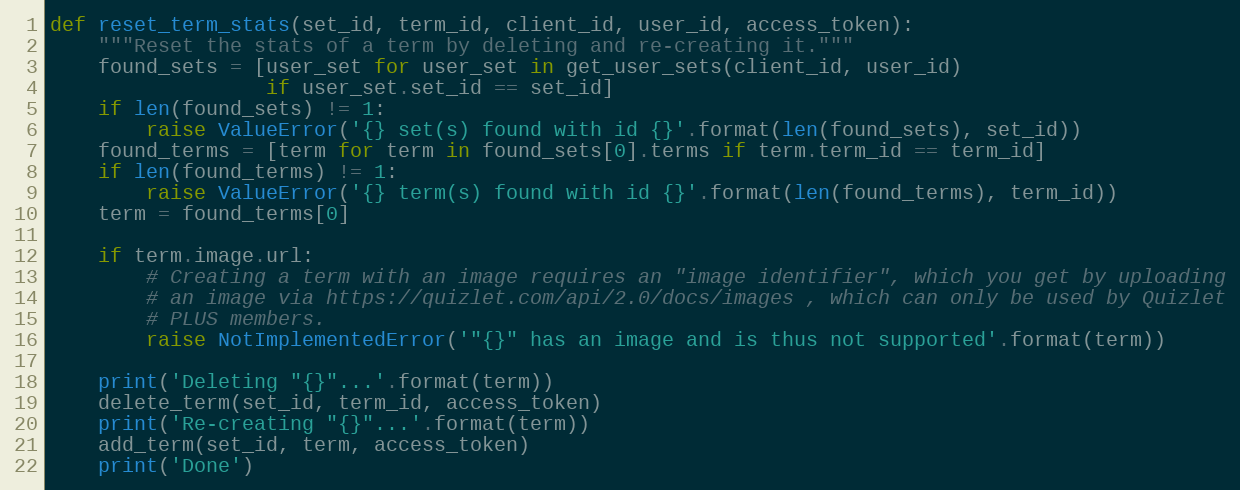
Language: Python
def reset_term_stats(set_id, term_id, client_id, user_id, access_token):
    """Reset the stats of a term by deleting and re-creating it."""
    found_sets = [user_set for user_set in get_user_sets(client_id, user_id)
                  if user_set.set_id == set_id]
    if len(found_sets) != 1:
        raise ValueError('{} set(s) found with id {}'.format(len(found_sets), set_id))
    found_terms = [term for term in found_sets[0].terms if term.term_id == term_id]
    if len(found_terms) != 1:
        raise ValueError('{} term(s) found with id {}'.format(len(found_terms), term_id))
    term = found_terms[0]

    if term.image.url:
        # Creating a term with an image requires an "image identifier", which you get by uploading
        # an image via https://quizlet.com/api/2.0/docs/images , which can only be used by Quizlet
        # PLUS members.
        raise NotImplementedError('"{}" has an image and is thus not supported'.format(term))

    print('Deleting "{}"...'.format(term))
    delete_term(set_id, term_id, access_token)
    print('Re-creating "{}"...'.format(term))
    add_term(set_id, term, access_token)
    print('Done')